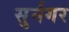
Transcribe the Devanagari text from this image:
सुर्नगर